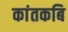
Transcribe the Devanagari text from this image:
कांतकबि